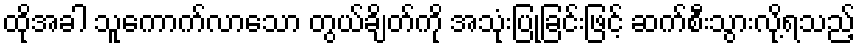
ထိုအခါ သူကောက်လာသော တွယ်ချိတ်ကို အသုံးပြုခြင်းဖြင့် ဆက်စီးသွားလို့ရသည့်